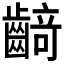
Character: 𱌡